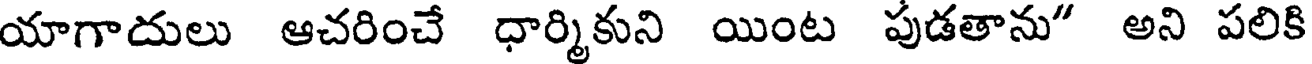
యాగాదులు ఆచరించే ధార్మికుని యింట పుడతాను" అని పలికి